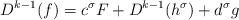
LaTeX: \begin{align*}D^{k-1}(f)=c^{\sigma}F+D^{k-1}(h^{\sigma})+d^{\sigma}g \end{align*}